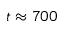
t \approx 7 0 0